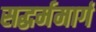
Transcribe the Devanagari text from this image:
सद्धर्ममार्ग